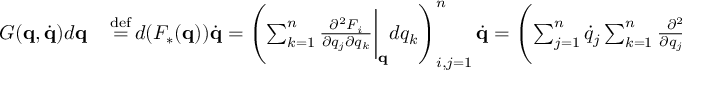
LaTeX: \begin{array} { r l } { G ( \mathbf { q } , { \dot { \mathbf { q } } } ) d \mathbf { q } } & { { } \, { \stackrel { \mathrm { d e f } } { = } } \, d ( F _ { * } ( \mathbf { q } ) ) { \dot { \mathbf { q } } } = \left( \sum _ { k = 1 } ^ { n } { \frac { \partial ^ { 2 } F _ { i } } { \partial q _ { j } \partial q _ { k } } } { \biggl | } _ { \mathbf { q } } d q _ { k } \right) _ { i , j = 1 } ^ { n } { \dot { \mathbf { q } } } = \left( \sum _ { j = 1 } ^ { n } { \dot { q } } _ { j } \sum _ { k = 1 } ^ { n } { \frac { \partial ^ { 2 } F _ { i } } { \partial q _ { j } \partial q _ { k } } } { \biggl | } _ { \mathbf { q } } d q _ { k } \right) _ { i = 1 , \ldots , n } ^ { T } } \end{array}